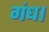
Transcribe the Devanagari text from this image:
गंध।